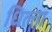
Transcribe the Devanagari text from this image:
धिल्ता